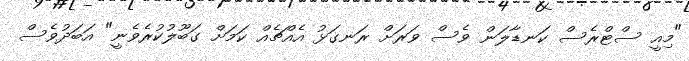
"މިއީ ސްޓްރެސް ކަނޑާލަން ވެސް ވަރަށް ރަނގަޅު އެއްޗެއް ކަމަށް ގަބޫލުކުރެވެނީ" އަބަދުވެސް